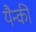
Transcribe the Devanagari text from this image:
यैन्की